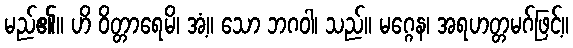
မည်၏။ ဟိ ဝိတ္တာရေမိ၊ အံ့။ သော ဘဂဝါ၊ သည်။ မဂ္ဂေန၊ အရဟတ္တမဂ်ဖြင့်။